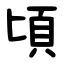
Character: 頃